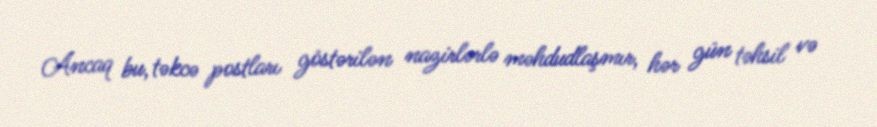
Ancaq bu, təkcə postları göstərilən nazirlərlə məhdudlaşmır, hər gün təhsil və